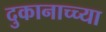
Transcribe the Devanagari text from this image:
दुकानाच्च्या